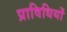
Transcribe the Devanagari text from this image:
प्राविधियों